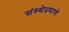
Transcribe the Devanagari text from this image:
संस्थेप्रमाणे